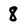
Character: 8